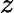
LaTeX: \displaystyle z